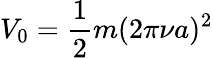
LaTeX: V_{0}=\frac{1}{2}m(2\pi\nu a)^{2}